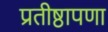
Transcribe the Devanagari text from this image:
प्रतीष्ठापणा